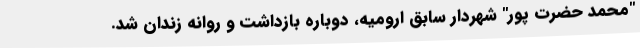
"محمد حضرت پور" شهردار سابق ارومیه، دوباره بازداشت و روانه زندان شد.